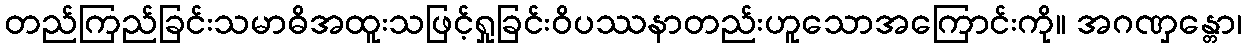
တည်ကြည်ခြင်းသမာဓိအထူးသဖြင့်ရှုခြင်းဝိပဿနာတည်းဟူသောအကြောင်းကို။ အဂဏှန္တော၊